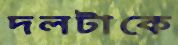
দলটাকে